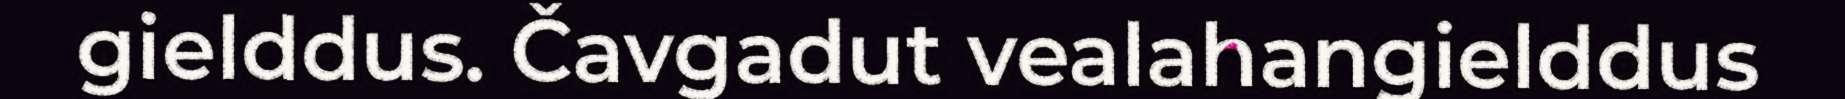
gielddus. Čavgadut vealahangielddus